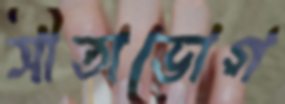
সীতাভোগ